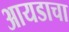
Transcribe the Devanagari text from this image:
आयडाचा